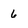
Character: 6